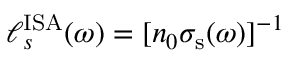
{ \ell _ { s } ^ { \mathrm { I S A } } ( \omega ) = [ n _ { 0 } \sigma _ { \mathrm { s } } ( \omega ) ] ^ { - 1 } }